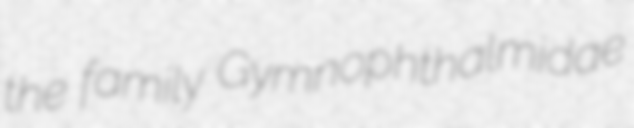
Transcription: the family Gymnophthalmidae